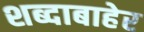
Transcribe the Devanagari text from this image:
शब्दाबाहेर